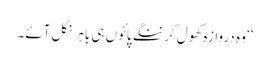
‘‘ وہ دروازہ کھول کر ننگے پائوں ہی باہر نکل آئے۔